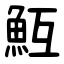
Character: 魱